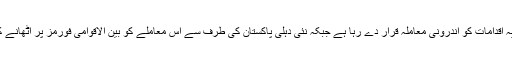
تاہم بھارت کشمیر پر حالیہ اقدامات کو اندرونی معاملہ قرار دے رہا ہے جبکہ نئی دہلی پاکستان کی طرف سے اس معاملے کو بین الاقوامی فورمز پر اٹھانے کی مخالفت کرتا آ رہا ہے۔